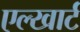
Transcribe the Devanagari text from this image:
एल्खार्ट